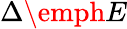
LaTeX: \Delta\emph{E}